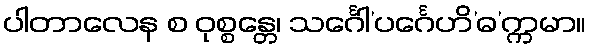
ပါတာလေန စ ဝုစ္စန္တေ၊ သင်္ဂေါ’ပင်္ဂေဟိ’ဓ’က္ကမာ။